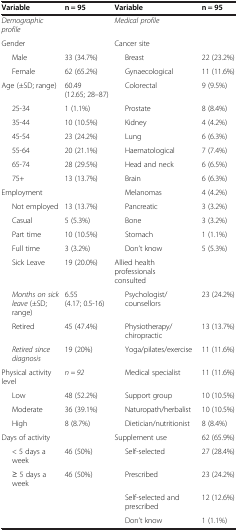
<table><thead><tr><td><b>Variable</b></td><td><b>n = 95</b></td><td><b>Variable</b></td><td><b>n = 95</b></td></tr></thead><tbody><tr><td><i>Demographic profile</i></td><td> </td><td><i>Medical profile</i></td><td> </td></tr><tr><td>Gender</td><td> </td><td>Cancer site</td><td> </td></tr><tr><td>Male</td><td>33 (34.7%)</td><td>Breast</td><td>22 (23.2%)</td></tr><tr><td>Female</td><td>62 (65.2%)</td><td>Gynaecological</td><td>11 (11.6%)</td></tr><tr><td>Age (±SD; range)</td><td>60.49 (12.65; 28–87)</td><td>Colorectal</td><td>9 (9.5%)</td></tr><tr><td>25-34</td><td>1 (1.1%)</td><td>Prostate</td><td>8 (8.4%)</td></tr><tr><td>35-44</td><td>10 (10.5%)</td><td>Kidney</td><td>4 (4.2%)</td></tr><tr><td>45-54</td><td>23 (24.2%)</td><td>Lung</td><td>6 (6.3%)</td></tr><tr><td>55-64</td><td>20 (21.1%)</td><td>Haematological</td><td>7 (7.4%)</td></tr><tr><td>65-74</td><td>28 (29.5%)</td><td>Head and neck</td><td>6 (6.5%)</td></tr><tr><td>75+</td><td>13 (13.7%)</td><td>Brain</td><td>6 (6.3%)</td></tr><tr><td>Employment</td><td> </td><td>Melanomas</td><td>4 (4.2%)</td></tr><tr><td>Not employed</td><td>13 (13.7%)</td><td>Pancreatic</td><td>3 (3.2%)</td></tr><tr><td>Casual</td><td>5 (5.3%)</td><td>Bone</td><td>3 (3.2%)</td></tr><tr><td>Part time</td><td>10 (10.5%)</td><td>Stomach</td><td>1 (1.1%)</td></tr><tr><td>Full time</td><td>3 (3.2%)</td><td>Don’t know</td><td>5 (5.3%)</td></tr><tr><td>Sick Leave</td><td>19 (20.0%)</td><td>Allied health professionals consulted</td><td> </td></tr><tr><td><i>Months on sick leave</i> (±SD; range)</td><td>6.55 (4.17; 0.5-16)</td><td>Psychologist/counsellors</td><td>23 (24.2%)</td></tr><tr><td>Retired</td><td>45 (47.4%)</td><td>Physiotherapy/chiropractic</td><td>13 (13.7%)</td></tr><tr><td><i>Retired since diagnosis</i></td><td>19 (20%)</td><td>Yoga/pilates/exercise</td><td>11 (11.6%)</td></tr><tr><td>Physical activity level</td><td><i>n = 92</i></td><td>Medical specialist</td><td>11 (11.6%)</td></tr><tr><td>Low</td><td>48 (52.2%)</td><td>Support group</td><td>10 (10.5%)</td></tr><tr><td>Moderate</td><td>36 (39.1%)</td><td>Naturopath/herbalist</td><td>10 (10.5%)</td></tr><tr><td>High</td><td>8 (8.7%)</td><td>Dietician/nutritionist</td><td>8 (8.4%)</td></tr><tr><td>Days of activity</td><td> </td><td>Supplement use</td><td>62 (65.9%)</td></tr><tr><td>&lt; 5 days a week</td><td>46 (50%)</td><td>Self-selected</td><td>27 (28.4%)</td></tr><tr><td>≥ 5 days a week</td><td>46 (50%)</td><td>Prescribed</td><td>23 (24.2%)</td></tr><tr><td> </td><td> </td><td>Self-selected and prescribed</td><td>12 (12.6%)</td></tr><tr><td> </td><td> </td><td>Don’t know</td><td>1 (1.1%)</td></tr></tbody></table>